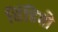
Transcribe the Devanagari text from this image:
विंडिगो